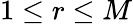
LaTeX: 1\leq r\leq M